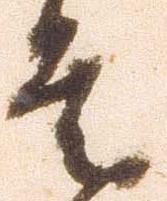
是